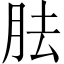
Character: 胠